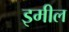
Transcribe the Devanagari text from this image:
इमील